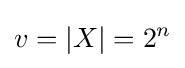
v=|X|=2^{n}